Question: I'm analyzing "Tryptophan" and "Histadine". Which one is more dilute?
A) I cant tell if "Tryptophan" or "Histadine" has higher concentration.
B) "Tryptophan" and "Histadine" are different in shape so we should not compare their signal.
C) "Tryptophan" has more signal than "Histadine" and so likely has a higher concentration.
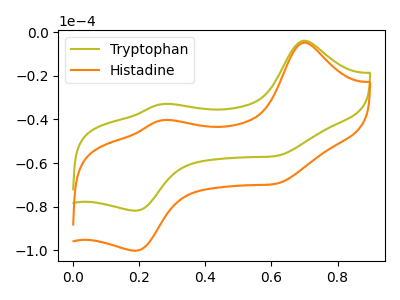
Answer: <think>The olive curve "Tryptophan" has anodic peaks at (0.70V, -3.80uA) (0.25V, -32.90uA) and cathodic peaks at (0.60V, -56.55uA) (0.20V, -81.85uA). The orange curve "Histadine" has anodic peaks at (0.70V, -4.70uA) (0.25V, -40.30uA) and cathodic peaks at (0.60V, -69.25uA) (0.20V, -100.25uA).
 All the peaks in "Tryptophan" have a peak in "Histadine" at the same potential.</think>
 <answer>A) I cant tell if "Tryptophan" or "Histadine" has higher concentration.</answer>
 <eval>A</eval>